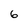
Character: 6